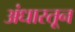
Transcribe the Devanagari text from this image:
अंधारतून